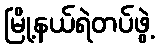
မြို့နယ်ရဲတပ်ဖွဲ့